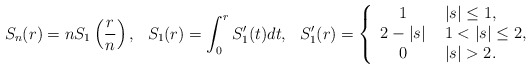
\begin{align*} S_n(r) = nS_1\left(\frac{r}{n}\right), ~~ S_1(r) = \int_0^r S'_1(t)dt, ~~ S'_1(r) = \left\{\begin{array}{cl}1 &~|s|\leq 1,\\2 - |s| &~1< |s| \leq 2,\\0 &~|s| > 2.\end{array}\right.\end{align*}